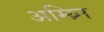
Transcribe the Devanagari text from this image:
अम्य्र्नि